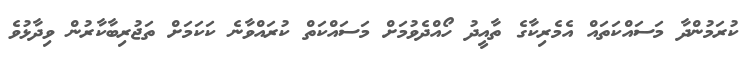
ކުރަމުންދާ މަސައްކަތައް އެމެރިކާގެ ތާއީދު ހޯއްދެވުމަށް މަސައްކަތް ކުރައްވާނެ ކަކަމަށް ތަޖުރިބާކާރުން ވިދާޅުވެ